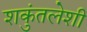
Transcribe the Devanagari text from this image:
शकुंतलेशी